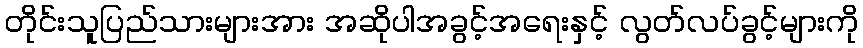
တိုင်းသူပြည်သားများအား အဆိုပါအခွင့်အရေးနှင့် လွတ်လပ်ခွင့်များကို